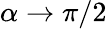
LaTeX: \alpha\rightarrow\pi/2